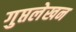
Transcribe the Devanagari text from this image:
गुप्तलेखन